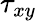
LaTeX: \tau_{xy}